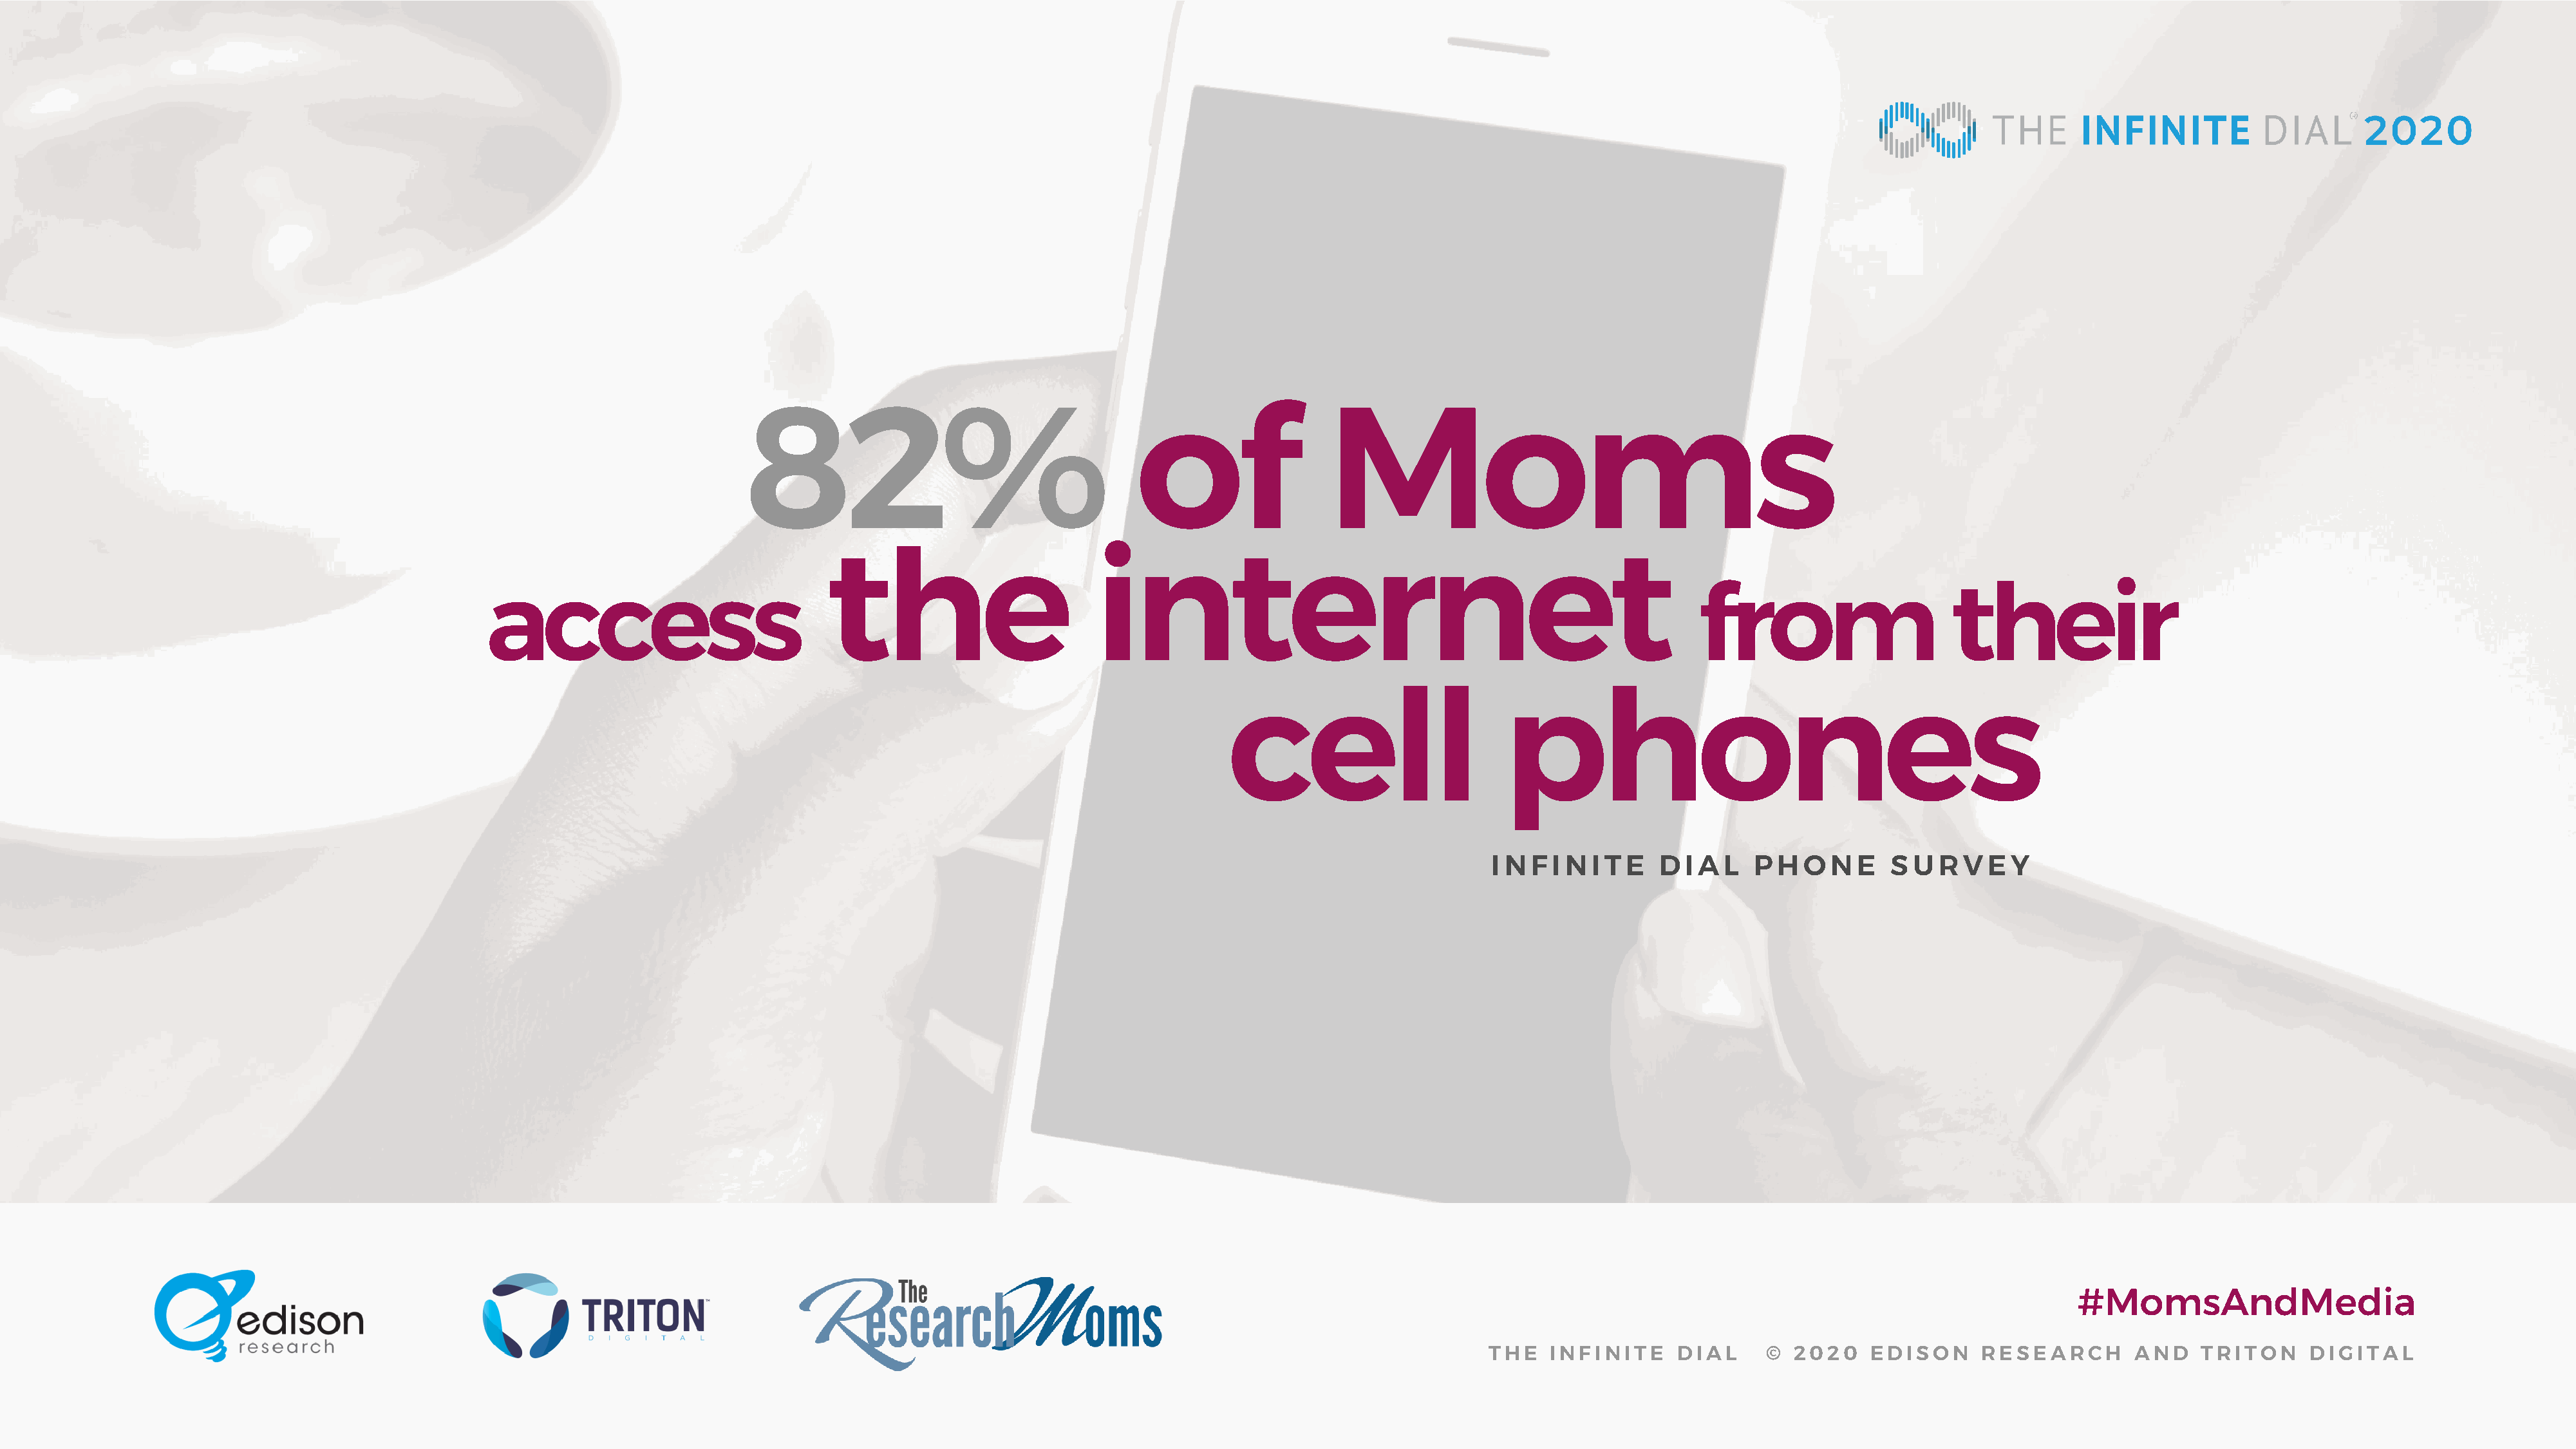
82%                                     of                 Moms
 the                         internet
 access                                                                                                                       from                      their
 cell                        phones
 I N F  I N I T E  D I A L  P  H O  N  E  S  U R  V E  Y
 #MomsAndMedia
 THE   INFINITE     DIAL      © 2020    EDISON      RESEARCH       AND    TRITON     DIGITAL